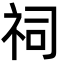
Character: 祠